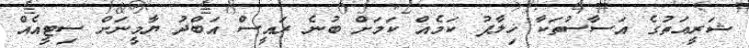
ޝަރީޢަތުގެ އަސާސުތަކާ ޚިލާފު ކަމެއް ކަމަށް ބުނެ ރައީސް އަބްދު ޔާމީނަށް ސިޓީއެއް